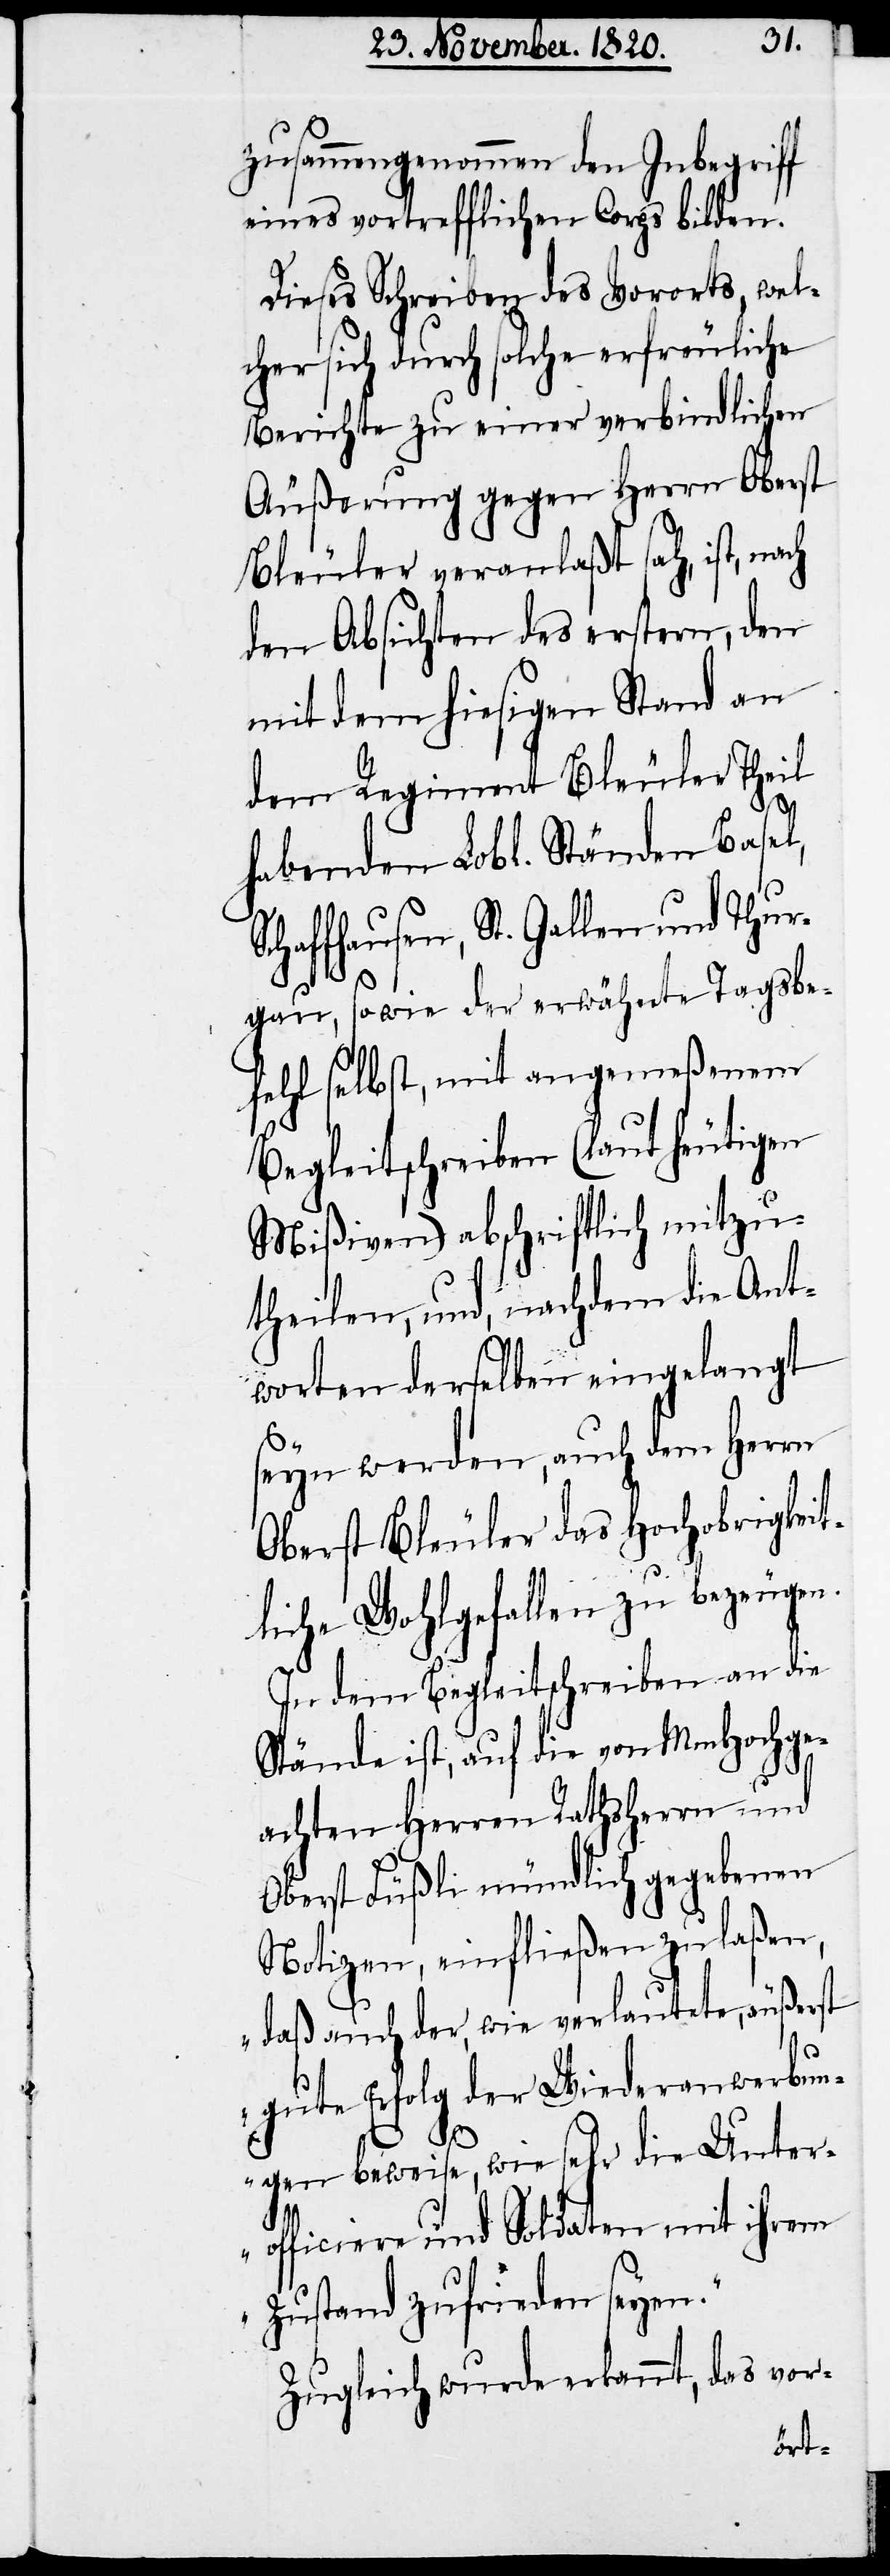
zusammengenommen den Inbegriff
eines vortrefflichen Corps bilden.
Dieses Schreiben des Vororts, wel¬
cher sich durch solche erfreuliche
Berichte zu einer verbindlichen
Äußerung gegen Herrn Oberst
Bleuler veranlaßt sah, ist, nach
den Absichten des erstern, den
mit dem hiesigen Stand an
dem Regiment Bleuler Theil
habenden Lobl. Ständen Basel,
Schaffhausen, St. Gallen und Thur¬
gau, sowie der erwähnte Tagsbe¬
fehl selbst, mit angemeßenem
Begleitschreiben (laut heutigen
Mißiven) abschriftlich mitzu¬
theilen, und, nachdem die Ant¬
worten derselben eingelangt
seyn werden, auch dem Herrn
Oberst Bleuler das Hochobrigkeit¬
liche Wohlgefallen zu bezeugen.
In dem Begleitschreiben an die
Stände ist, auf die von MmHochge¬
achten Herren Rathsherrn und
Oberst Füßli mündlich gegebenen
Notizen, einfließen zu laßen,
„daß auch der, wie verlautete, äußerst
gute Erfolg der Wiederanwerbun¬
gen beweise, wie sehr die Unter¬
officiere und Soldaten mit ihrem
Zustand zufrieden seyen.“
Zugleich wurde erkannt, das vor-